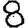
Digit: 8